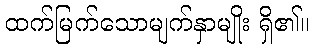
ထက်မြက်သောမျက်နှာမျိုး ရှိ၏။